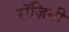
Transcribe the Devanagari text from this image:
रॉज़िनी